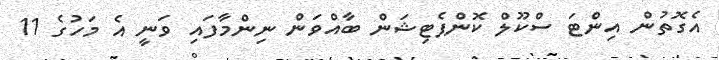
އެގޮތުން އިންޓަ ސްކޫލް ކޮންޕެޓިޝަން ބާއްވަން ނިންމާފައި ވަނީ އެ މަހުގެ 11